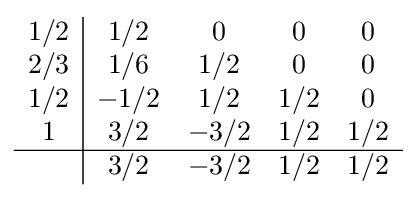
{\begin{array}{c|cccc}1/2&1/2&0&0&0\\2/3&1/6&1/2&0&0\\1/2&-1/2&1/2&1/2&0\\1&3/2&-3/2&1/2&1/2\\\hline &3/2&-3/2&1/2&1/2\\\end{array}}